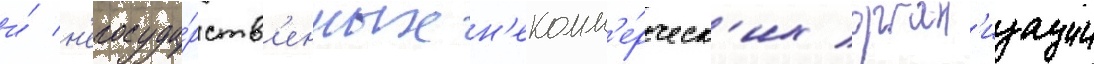
и́ н'егосуда́рств'енных н'екомм'е́рческ'их орган'изации